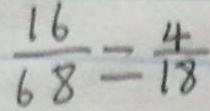
\frac { 1 6 } { 6 8 } = \frac { 4 } { 1 8 }